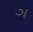
ઞ